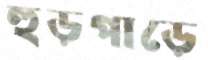
হুড়পাড়ে